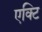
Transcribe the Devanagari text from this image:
एक्टि